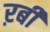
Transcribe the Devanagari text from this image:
ऱबी